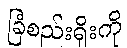
ခြံစည်းရိုးကို